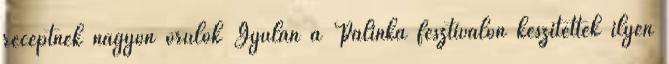
receptnek nagyon örülök Gyulán a Pálinka fesztiválon készítettek ilyen